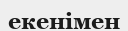
екенімен